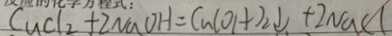
C u C l _ { 2 } + 2 N a O H = C u ( O H ) _ { 2 } \downarrow + 2 N a C l